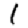
Digit: 1